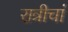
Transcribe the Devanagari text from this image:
रात्रीचां